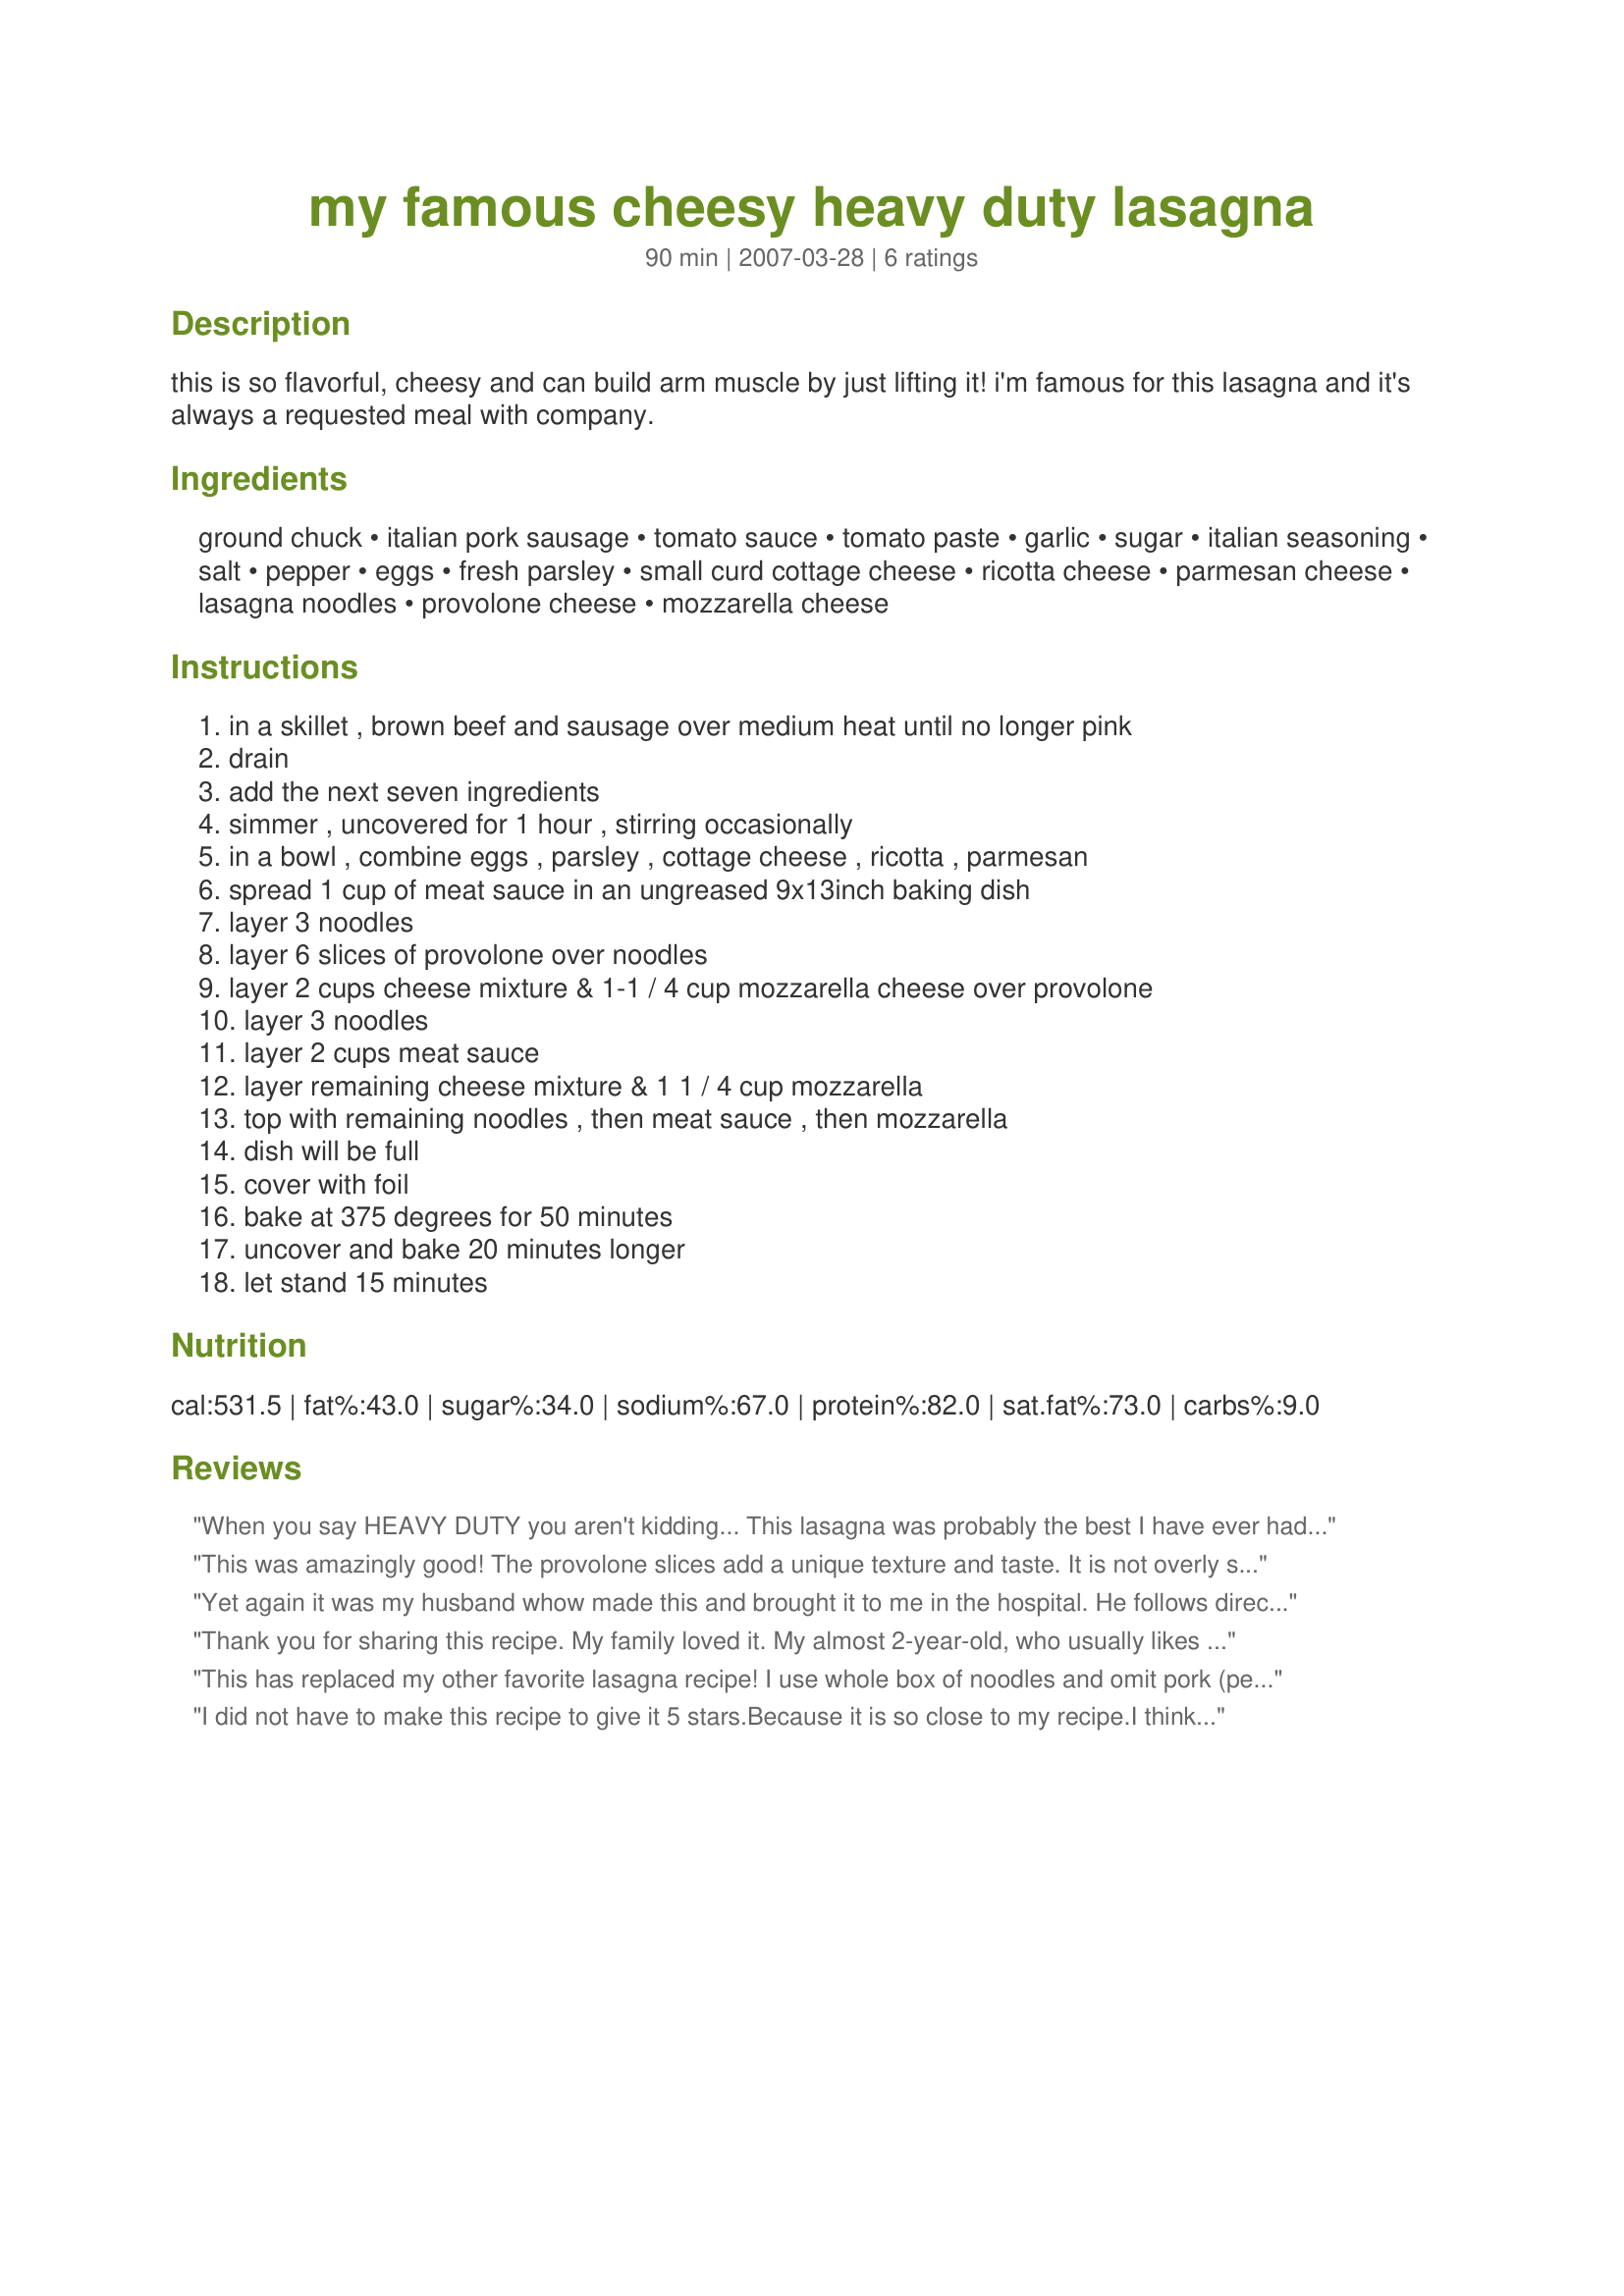
my famous cheesy heavy duty lasagna
Preparation time: 90 minutes

this is so flavorful, cheesy and can build arm muscle by just lifting it! i'm famous for this lasagna and it's always a requested meal with company.

Ingredients:
ground chuck, italian pork sausage, tomato sauce, tomato paste, garlic, sugar, italian seasoning, salt, pepper, eggs, fresh parsley, small curd cottage cheese, ricotta cheese, parmesan cheese, lasagna noodles, provolone cheese, mozzarella cheese

Steps:
in a skillet , brown beef and sausage over medium heat until no longer pink, drain, add the next seven ingredients, simmer , uncovered for 1 hour , stirring occasionally, in a bowl , combine eggs , parsley , cottage cheese , ricotta , parmesan, spread 1 cup of meat sauce in an ungreased 9x13inch baking dish, layer 3 noodles, layer 6 slices of provolone over noodles, layer 2 cups cheese mixture & 1-1 / 4 cup mozzarella cheese over provolone, layer 3 noodles, layer 2 cups meat sauce, layer remaining cheese mixture & 1 1 / 4 cup mozzarella, top with remaining noodles , then meat sauce , then mozzarella, dish will be full, cover with foil, bake at 375 degrees for 50 minutes, uncover and bake 20 minutes longer, let stand 15 minutes

Reviews:
When you say HEAVY DUTY you aren't kidding... This lasagna was probably the best I have ever had. I didn't have any italian seasoning so I used basil and oregano. I usually only make lasagna with cottage cheese but I love the combo of the cottage cheese and ricotta! Thanks so much for posting this recipe KadesMom!! We will be making this again really soon!!
This was amazingly good! The provolone slices add a unique texture and taste. It is not overly saucy and slices up beautifully. I did use only 1 lb. of both the ground chuck and Italian pork sausage. Thank you KadesMom!
Yet again it was my husband whow made this and brought it to me in the hospital. He follows directions exactly. It was wonderful. Loved all of the cheese.

Leanne
Thank you for sharing this recipe. My family loved it. My almost 2-year-old, who usually likes to do everything by herself, handed me her fork because she could not get it fast enough! she loved it.
This has replaced my other favorite lasagna recipe! I use whole box of noodles and omit pork (personal pref). 
FABULOUS! Family wants me to make it weekly! Thank you!
I did not have to make this recipe to give it 5 stars.Because it is so close to my recipe.I think it is the provalone, never seen it in Lasagna.I do not use the ricotta. I use cottage cheese And I great and mix all the cheese together.Since I found Kittencals sauce 150207..this is the only sauce I ever use now.It does not have that acid taste. "yes" Kades Mom we make the best Lasagna LOL.
